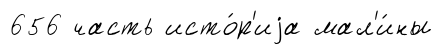
656 часть исто́р'иjа мал'и́ны